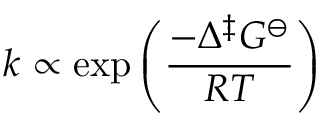
k \propto \exp \left( { \frac { - \Delta ^ { \ddagger } G ^ { \ominus } } { R T } } \right)